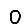
Digit: 0